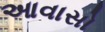
આવાસો